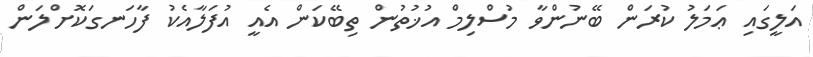
އަލީގައި ޢަމަލު ކުރަން ބޭނުންވާ މުސްލިމް އުޚުތުން ތިބޭކަން އެއީ އުފަލާއެކު ފާހަނގަކޮށްލަން